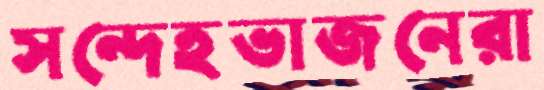
সন্দেহভাজনেরা